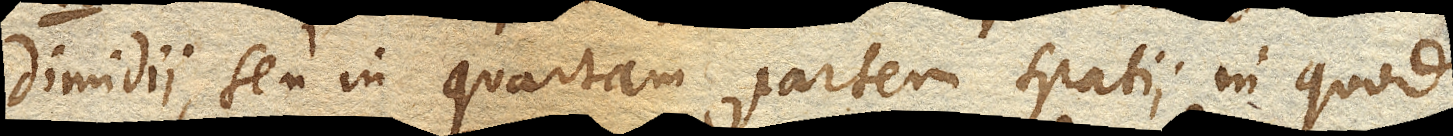
dimidii, seu in quartam partem spatii in quod